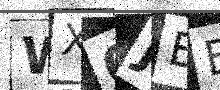
Text: WX0JBB